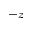
- z